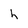
Character: h